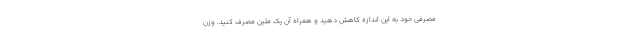
مصرفی خود به این اندازه کاهش دهید و همراه آن یک ملین مصرف کنید، وزن